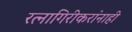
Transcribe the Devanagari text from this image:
रत्नागिरीकरांनाही